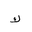
Letter: _kaf